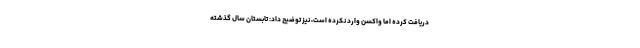
دریافت کرده اما واکسن وارد نکرده است، نیز توضیح داد: تابستان سال گذشته